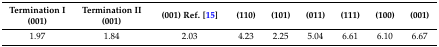
<table><thead><tr><td><b>Termination I (001)</b></td><td><b>Termination II (001)</b></td><td><b>(001) Ref. [15]</b></td><td><b>(110)</b></td><td><b>(101)</b></td><td><b>(011)</b></td><td><b>(111)</b></td><td><b>(100)</b></td><td><b>(001)</b></td></tr></thead><tbody><tr><td>1.97</td><td>1.84</td><td>2.03</td><td>4.23</td><td>2.25</td><td>5.04</td><td>6.61</td><td>6.10</td><td>6.67</td></tr></tbody></table>